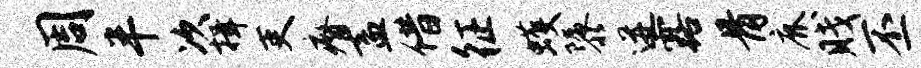
周半次揖吏瘠盍借征蠖隳迸露骨鹿贱丕